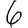
Digit: 6